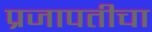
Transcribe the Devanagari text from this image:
प्रजापतीचा